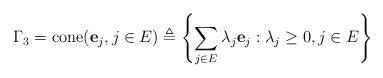
LaTeX: \begin{align*} \Gamma_3 =\mathrm{cone}(\mathbf{e}_j,j\in E)&\triangleq \left\{\sum_{j\in E} \lambda_j\mathbf{e}_j: \lambda_j\geq 0, j\in E\right\}\end{align*}